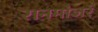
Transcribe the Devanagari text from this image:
रानमांजरं